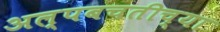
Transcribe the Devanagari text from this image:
अल्पबचतीच्या